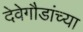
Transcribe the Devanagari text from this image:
देवेगौडांच्या